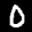
Label: 0